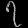
Digit: ၇